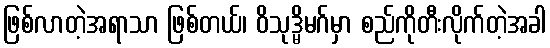
ဖြစ်လာတဲ့အရာသာ ဖြစ်တယ်၊ ဝိသုဒ္မိမဂ်မှာ စည်ကိုတီးလိုက်တဲ့အခါ